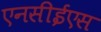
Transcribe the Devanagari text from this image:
एनसीईएस